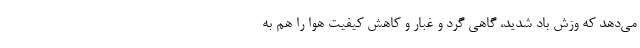
می‌دهد که وزش باد شدید، گاهی گرد و غبار و کاهش کیفیت هوا را هم به